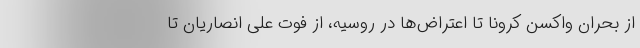
از بحران واکسن کرونا تا اعتراض‌ها در روسیه، از فوت علی انصاریان تا